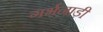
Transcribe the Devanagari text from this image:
गर्भनाड़ी